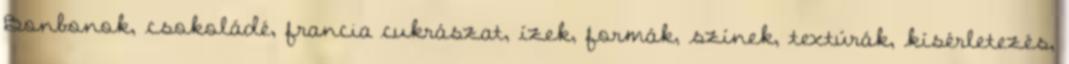
Bonbonok, csokoládé, francia cukrászat, ízek, formák, színek, textúrák, kísérletezés,